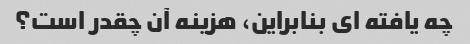
چه یافته ای بنابراین، هزینه آن چقدر است؟